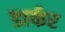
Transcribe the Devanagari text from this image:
डार्फर